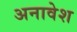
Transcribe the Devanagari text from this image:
अनावेश